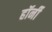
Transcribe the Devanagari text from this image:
हॉर्नी